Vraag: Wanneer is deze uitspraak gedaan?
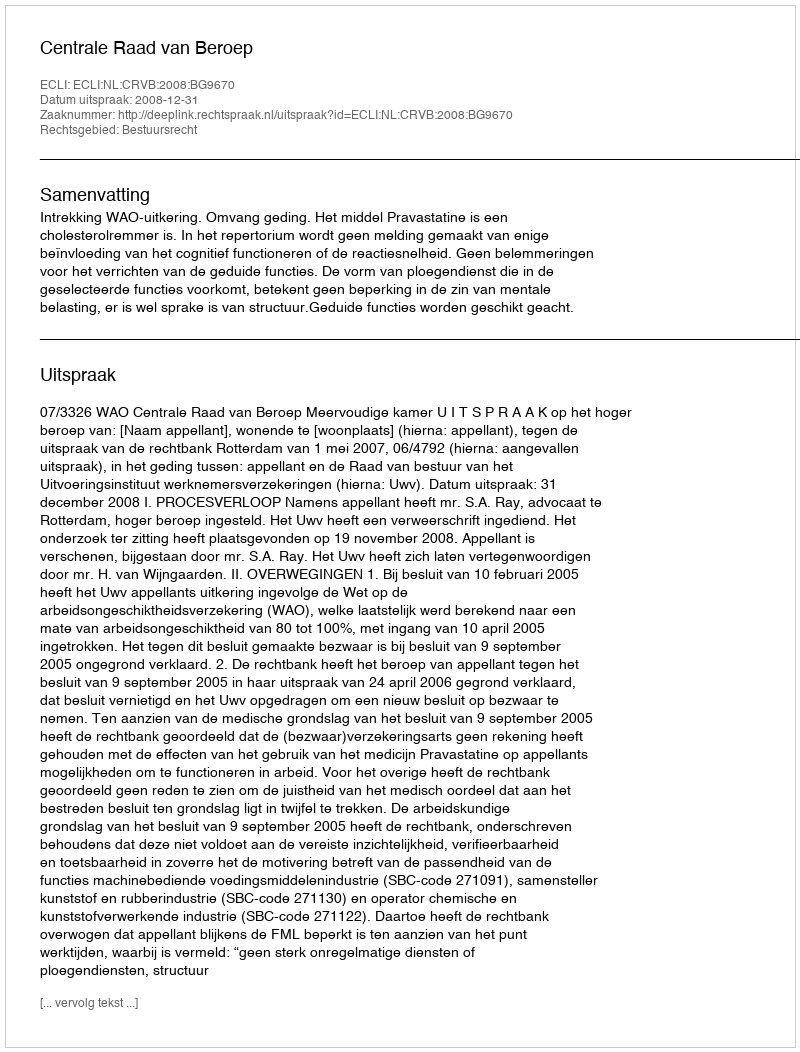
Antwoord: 2008-12-31